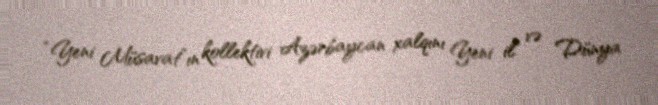
“Yeni Müsavat”ın kollektivi Azərbaycan xalqını Yeni il və Dünya